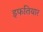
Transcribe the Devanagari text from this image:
इफतियार